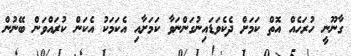
ގާނޫނީ ހުރަހެއް އޮތް ކަމަށް ދެކެވަޑައިނުގަންނަވާ ކަމަށާއި އެކަމަކު އެކަން ކުރައްވަން ބޭނުން